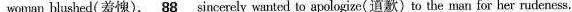
woman blushed(羞愧). \underline{88} sincerely wanted to apologize(道歉) to the man for her rudeness.